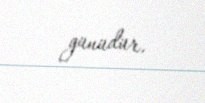
günüdür.